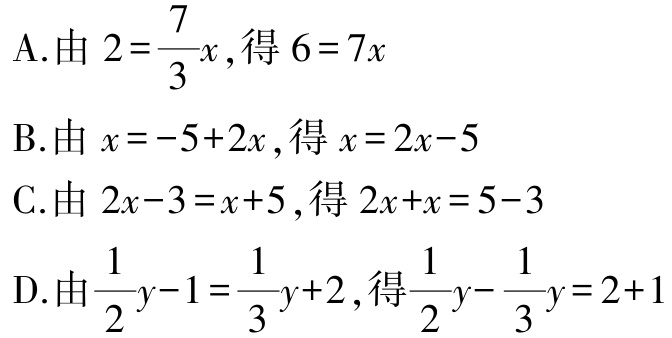
A.由 \(2 = \frac{7}{3}x\),得 \(6 = 7x\)
B.由 \(x = -5 + 2x\),得 \(x = 2x - 5\)
C.由 \(2x - 3 = x + 5\),得 \(2x + x = 5 - 3\)
D.由 \(\frac{1}{2}y - 1 = \frac{1}{3}y + 2\),得 \(\frac{1}{2}y - \frac{1}{3}y = 2 + 1\)